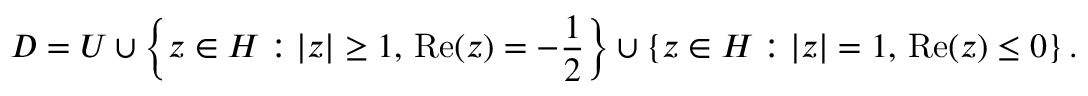
D = U \cup \left\{ z \in H : \left| z \right| \geq 1 , \, { \mathrm { R e } } ( z ) = - { \frac { 1 } { 2 } } \right\} \cup \left\{ z \in H : \left| z \right| = 1 , \, { \mathrm { R e } } ( z ) \leq 0 \right\} .